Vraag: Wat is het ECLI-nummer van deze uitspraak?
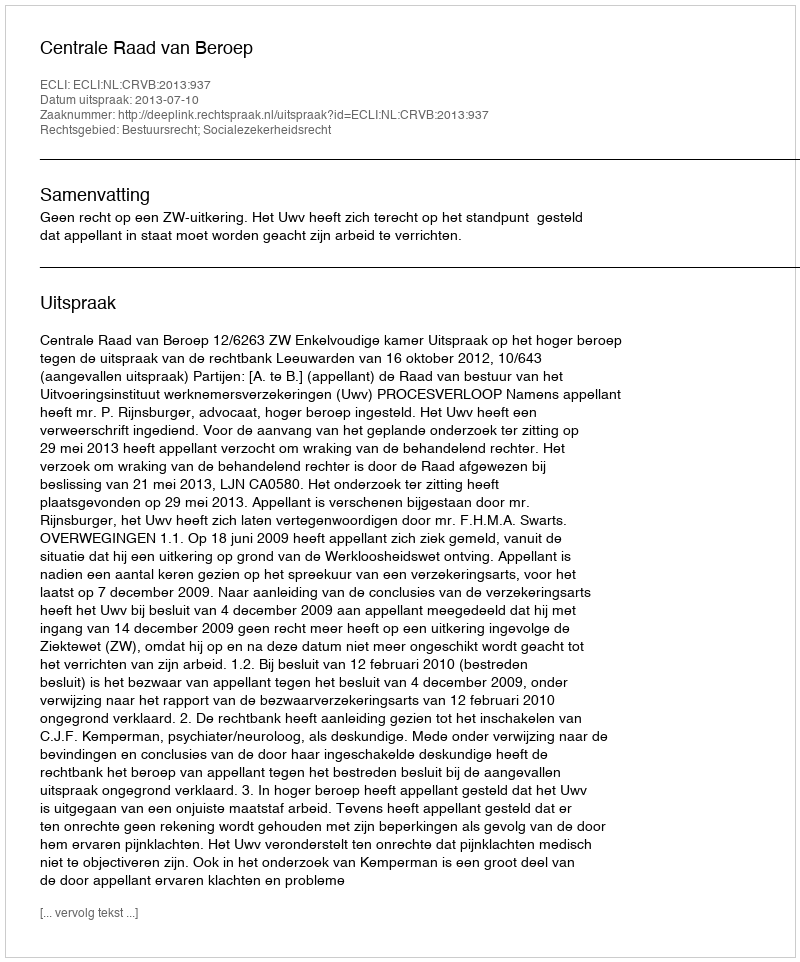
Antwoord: ECLI:NL:CRVB:2013:937